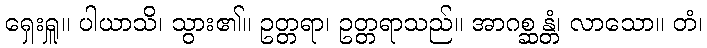
ရှေးရှူ။ ပါယာသိ၊ သွား၏။ ဥတ္တရာ၊ ဥတ္တရာသည်။ အာဂစ္ဆန္တံ၊ လာသော။ တံ၊